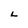
Character: L